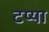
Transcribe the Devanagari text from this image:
टप्या